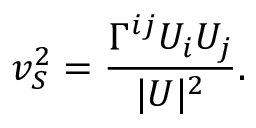
v _ { S } ^ { 2 } = \frac { \Gamma ^ { i j } U _ { i } U _ { j } } { | U | ^ { 2 } } .